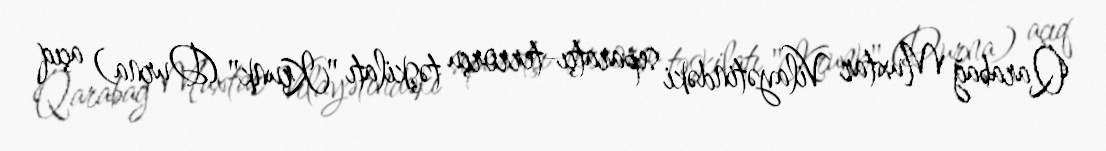
Qarabağ Muxtar Vilayətindəki separatçı-terrorçu təşkilatı "Krunk" (Durna) açıq